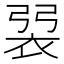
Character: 𧙭